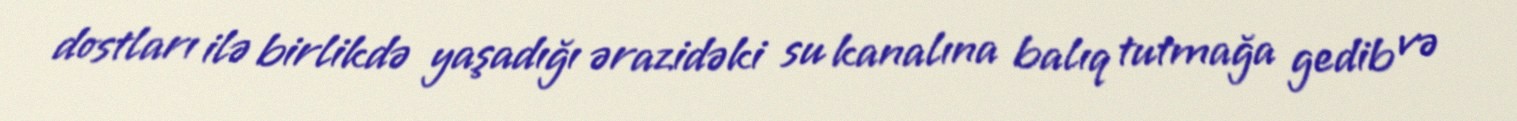
dostları ilə birlikdə yaşadığı ərazidəki su kanalına balıq tutmağa gedib və